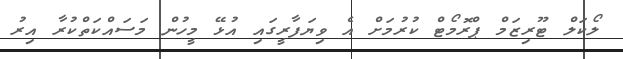
ލޯކަލް ޓޫރިޒަމް ޕްރޮމޯޓް ކުރުމަށް އެ ވިޔަފާރީގައި އުޅޭ މީހުން މަސައްކަތްކުރާ އިރު